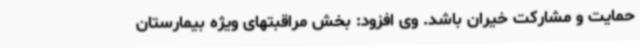
حمایت و مشارکت خیران باشد. وی افزود: بخش مراقبتهای ویژه بیمارستان